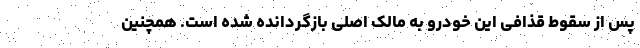
پس از سقوط قذافی این خودرو به مالک اصلی بازگردانده شده است. همچنین